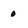
Character: 0